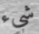
شيء